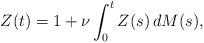
LaTeX: \begin{align*}Z(t)=1+\nu\int_0^t Z(s)\,dM(s),\end{align*}